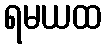
ရမယထ